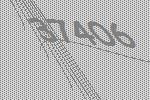
37406